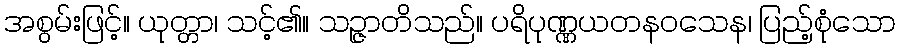
အစွမ်းဖြင့်။ ယုတ္တာ၊ သင့်၏။ သဉ္ဇာတိသည်။ ပရိပုဏ္ဏယတနဝသေန၊ ပြည့်စုံသော